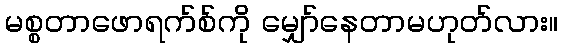
မစ္စတာဖောရက်စ်ကို မျှော်နေတာမဟုတ်လား။